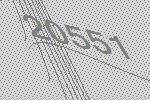
20551